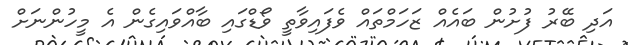
އަދި ބޭރު ފުށުން ބައެއް ޒަހަމްތައް ވެފައިވާތީ ވޯޑްގައި ބާއްވައިގެން އެ މީހުންނަށް